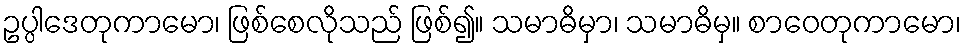
ဥပ္ပါဒေတုကာမော၊ ဖြစ်စေလိုသည် ဖြစ်၍။ သမာဓိမှာ၊ သမာဓိမှ။ စာဝေတုကာမော၊